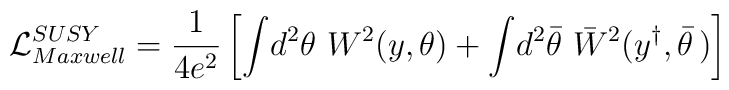
{\cal L}_{Maxwell}^{SUSY} = \frac{1}{4e^2} \left[ \int \!d^2\theta~ W^2\!\left( y,\theta \right) +\int\! d^2\bar \theta ~\bar W^2( y^{\dagger },\bar \theta \,) \right]